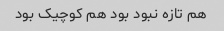
هم تازه نبود بود هم کوچیک بود